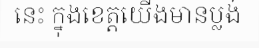
នេះ ក្នុងខេត្តយើងមានប្លង់